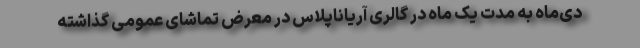
دی‌ماه به مدت یک ماه در گالری آریاناپلاس در معرض تماشای عمومی گذاشته